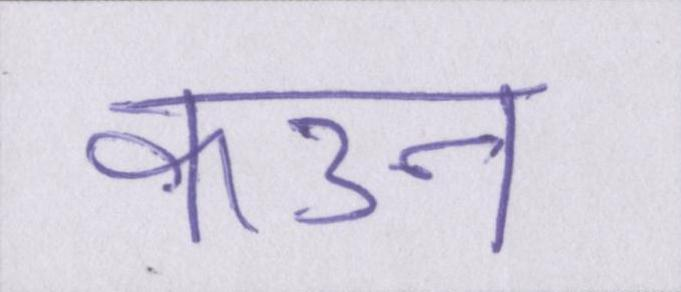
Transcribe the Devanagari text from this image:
कउन